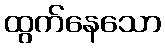
ထွက်နေသော